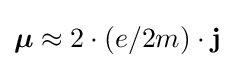
{\boldsymbol {\mu }}\approx {}2\cdot {}(e/2m)\cdot \mathbf {j}